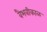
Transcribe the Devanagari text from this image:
वैभवीकाळ